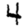
Digit: 4